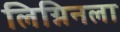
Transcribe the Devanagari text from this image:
लिग्निनला